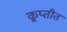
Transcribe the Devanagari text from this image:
कॢप्तीत